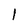
Character: l